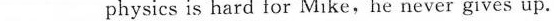
___ physics is hard for Mike, he never gives up.